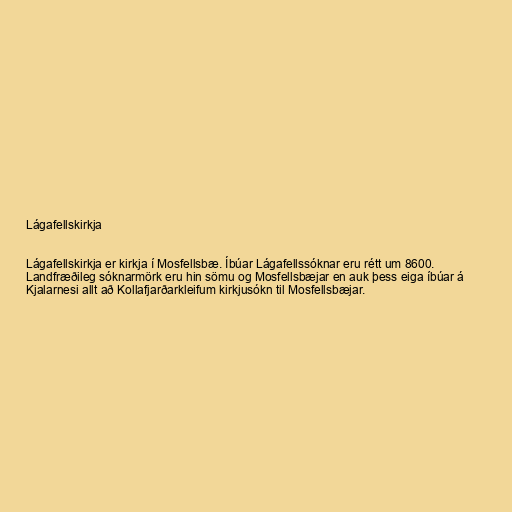
Lágafellskirkja

Lágafellskirkja er kirkja í Mosfellsbæ. Íbúar Lágafellssóknar eru rétt um 8600.
Landfræðileg sóknarmörk eru hin sömu og Mosfellsbæjar en auk þess eiga íbúar á
Kjalarnesi allt að Kollafjarðarkleifum kirkjusókn til Mosfellsbæjar.